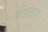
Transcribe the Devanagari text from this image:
लावण्याच